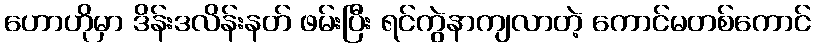
ဟောဟိုမှာ ဒိန်းဒလိန်းနတ် ဖမ်းပြီး ရင်ကွဲနာကျလာတဲ့ ကောင်မတစ်ကောင်